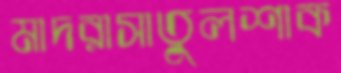
মাদরাসাতুলশাক